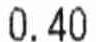
0.40